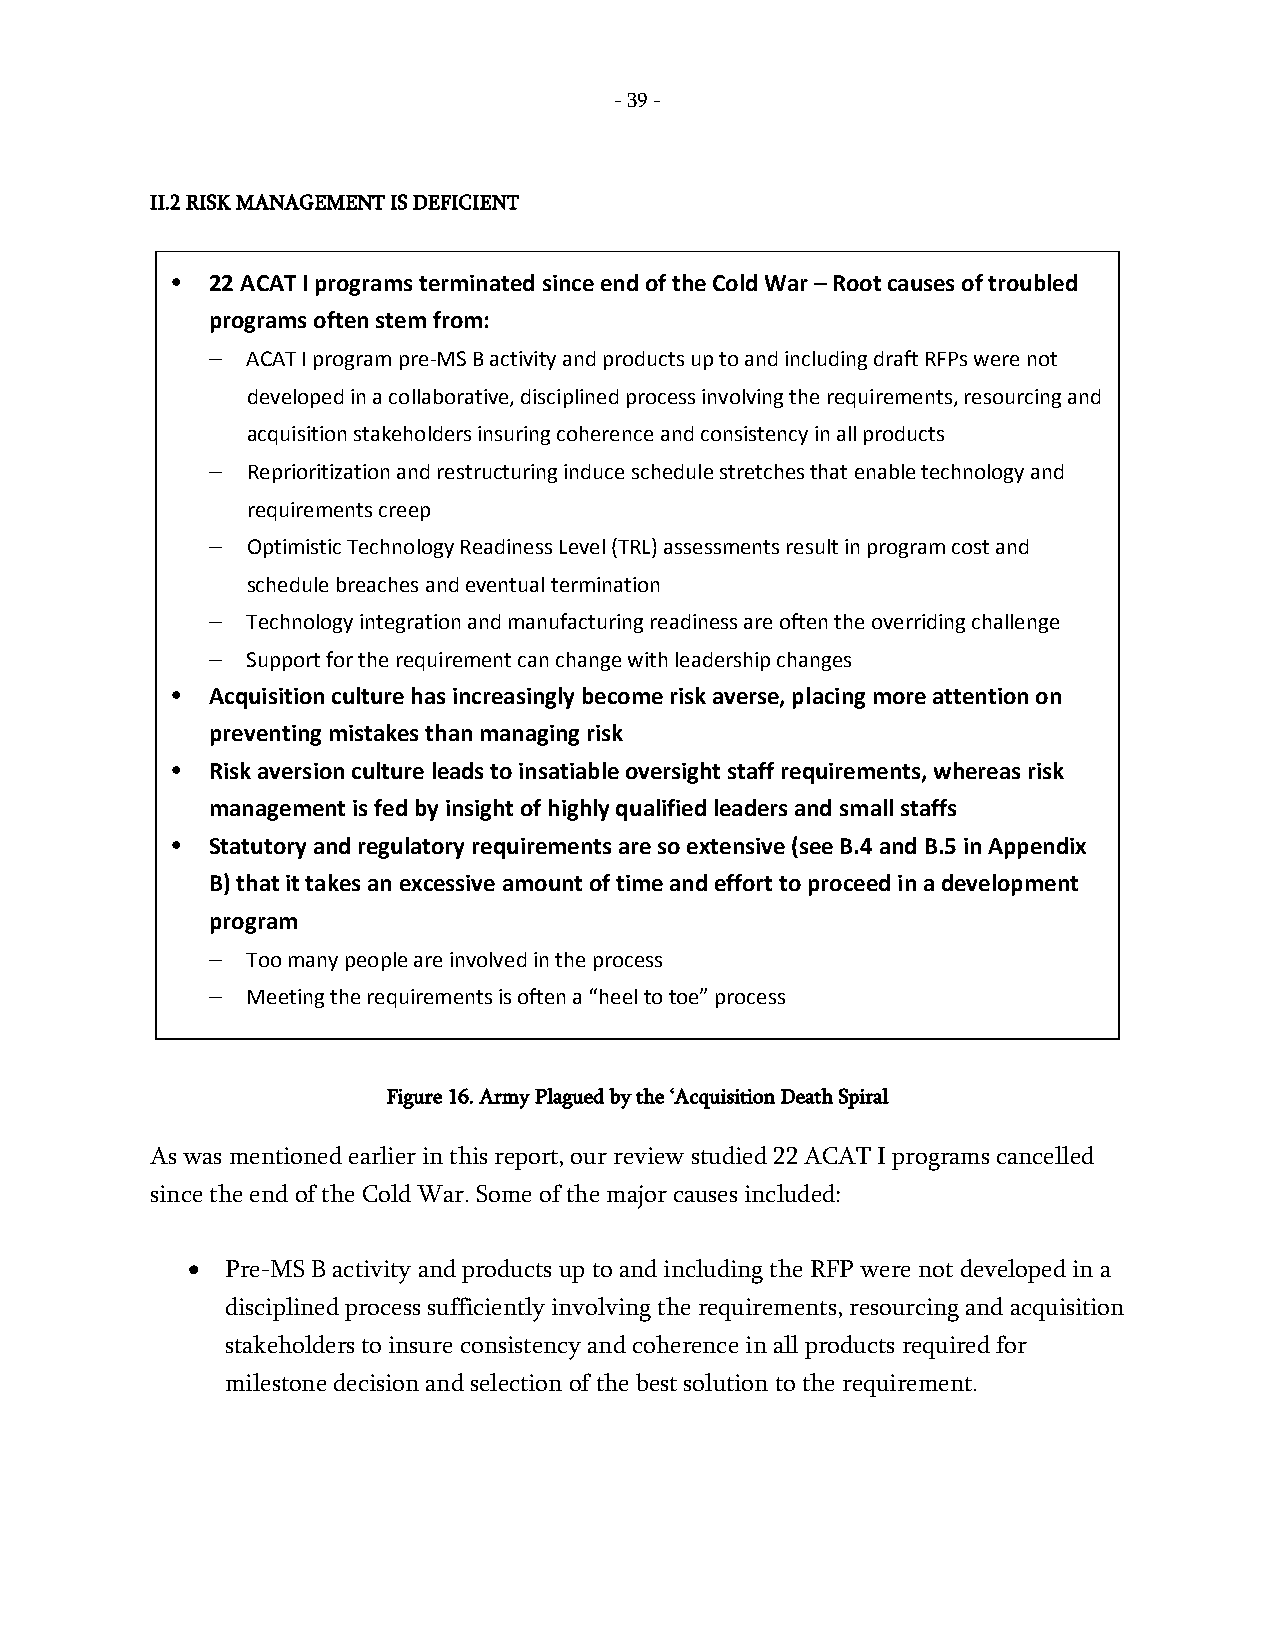
- 39 -
 II.2 RISK MANAGEMENT IS DEFICIENT
 •  22 ACAT I programs terminated since end of the Cold War – Root causes of troubled
 programs often stem from:
 – ACAT I program pre-MS B activity and products up to and including draft RFPs were not
 developed in a collaborative, disciplined process involving the requirements, resourcing and
 acquisition stakeholders insuring coherence and consistency in all products
 – Reprioritization and restructuring induce schedule stretches that enable technology and
 requirements creep
 – Optimistic Technology Readiness Level (TRL) assessments result in program cost and
 schedule breaches and eventual termination
 – Technology integration and manufacturing readiness are often the overriding challenge
 – Support for the requirement can change with leadership changes
 •  Acquisition culture has increasingly become risk averse, placing more attention on
 preventing mistakes than managing risk
 •  Risk aversion culture leads to insatiable oversight staff requirements, whereas risk
 management is fed by insight of highly qualified leaders and small staffs
 •  Statutory and regulatory requirements are so extensive (see B.4 and B.5 in Appendix
 B) that it takes an excessive amount of time and effort to proceed in a development
 program
 – Too many people are involved in the process
 – Meeting the requirements is often a “heel to toe” process
 Figure 16. Army Plagued by the ‘Acquisition Death Spiral
 As was mentioned earlier in this report, our review studied 22 ACAT I programs cancelled
 since the end of the Cold War. Some of the major causes included:
 •  Pre-MS B activity and products up to and including the RFP were not developed in a
 disciplined process sufficiently involving the requirements, resourcing and acquisition
 stakeholders to insure consistency and coherence in all products required for
 milestone decision and selection of the best solution to the requirement.
 - 39
 -